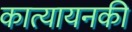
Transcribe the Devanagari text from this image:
कात्यायनकी